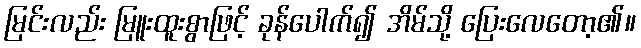
မြင်းလည်း မြူးထူးစွာဖြင့် ခုန်ပေါက်၍ အိမ်သို့ ပြေးလေတော့၏။